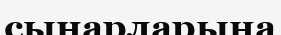
сыңарларына